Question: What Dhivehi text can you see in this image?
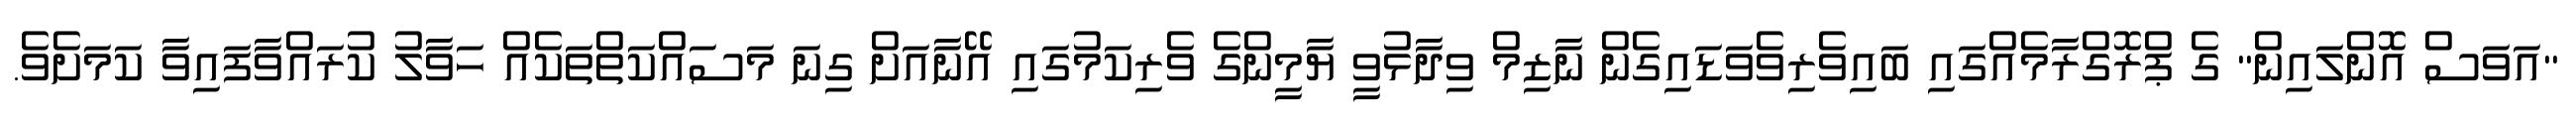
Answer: "އަވަސް އޮންލައިން" ގެ ޕްރޮގްރާމެއްގައި ބައިވެރިވެވަޑައިގެން ނާޒިމް ވިދާޅުވީ ޔާމީންގެ ވެރިކަމުގައި އޭނާއަށް ގިނަ މަސައްކަތްތަކެއް ހަވާލު ކުރައްވާފައިވާ ކަމަށެވެ.